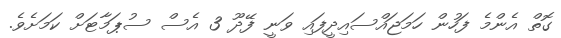
ގޮތް އެންމެ ފަހުން ހަމަޖައްސައިދީފައި ވަނީ ފޭދޫ 3 އެސް ސުޕަމާޓަށް ކަމަށެވެ.